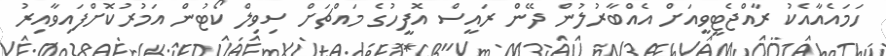
ހަމައެއާއެކު ރާއްޖެޓީވީއަށް އެއްބާރުލުން ދޭން ރައީސް އޮފީހުގެ މައްޗަށް ސިވިލް ކޯޓުން އަމުރުކޮށްފައިވާއިރު